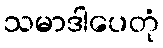
သမာဒါပေတုံ